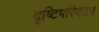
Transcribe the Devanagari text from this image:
दृष्टिपरिवर्तन